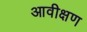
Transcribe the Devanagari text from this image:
आवीक्षण